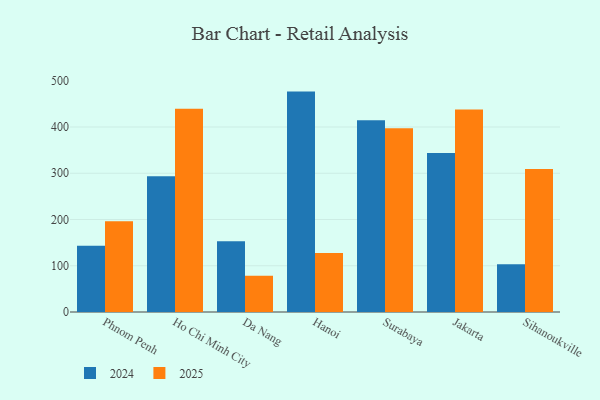
{"axis": {"x": "City", "y": "Tickets Resolved"}, "legend": ["2024", "2025"], "data": [{"x": "Phnom Penh", "y": 143.3, "type": "2024"}, {"x": "Phnom Penh", "y": 196.2, "type": "2025"}, {"x": "Ho Chi Minh City", "y": 293.8, "type": "2024"}, {"x": "Ho Chi Minh City", "y": 439.6, "type": "2025"}, {"x": "Da Nang", "y": 153.0, "type": "2024"}, {"x": "Da Nang", "y": 78.4, "type": "2025"}, {"x": "Hanoi", "y": 476.6, "type": "2024"}, {"x": "Hanoi", "y": 127.8, "type": "2025"}, {"x": "Surabaya", "y": 414.8, "type": "2024"}, {"x": "Surabaya", "y": 397.6, "type": "2025"}, {"x": "Jakarta", "y": 343.9, "type": "2024"}, {"x": "Jakarta", "y": 438.1, "type": "2025"}, {"x": "Sihanoukville", "y": 103.4, "type": "2024"}, {"x": "Sihanoukville", "y": 309.3, "type": "2025"}]}